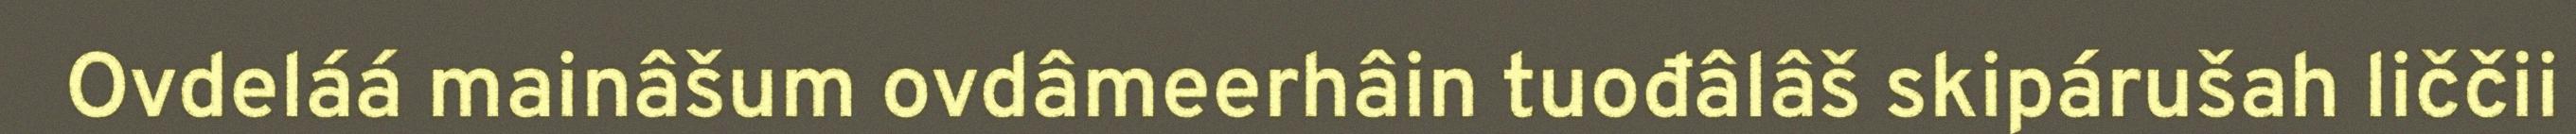
Ovdeláá mainâšum ovdâmeerhâin tuođâlâš skipárušah liččii